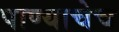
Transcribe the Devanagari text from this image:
पाण्याचेच